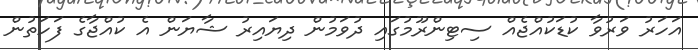
އަހަރު ވަރުވާ ކުޑަކުއްޖެއް ސިޓިންރޫމުގައި ދުވަމުން ދިޔައިރު ޝާޔަން އެ ކުއްޖާގެ ފަހަތުން